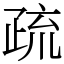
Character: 疏